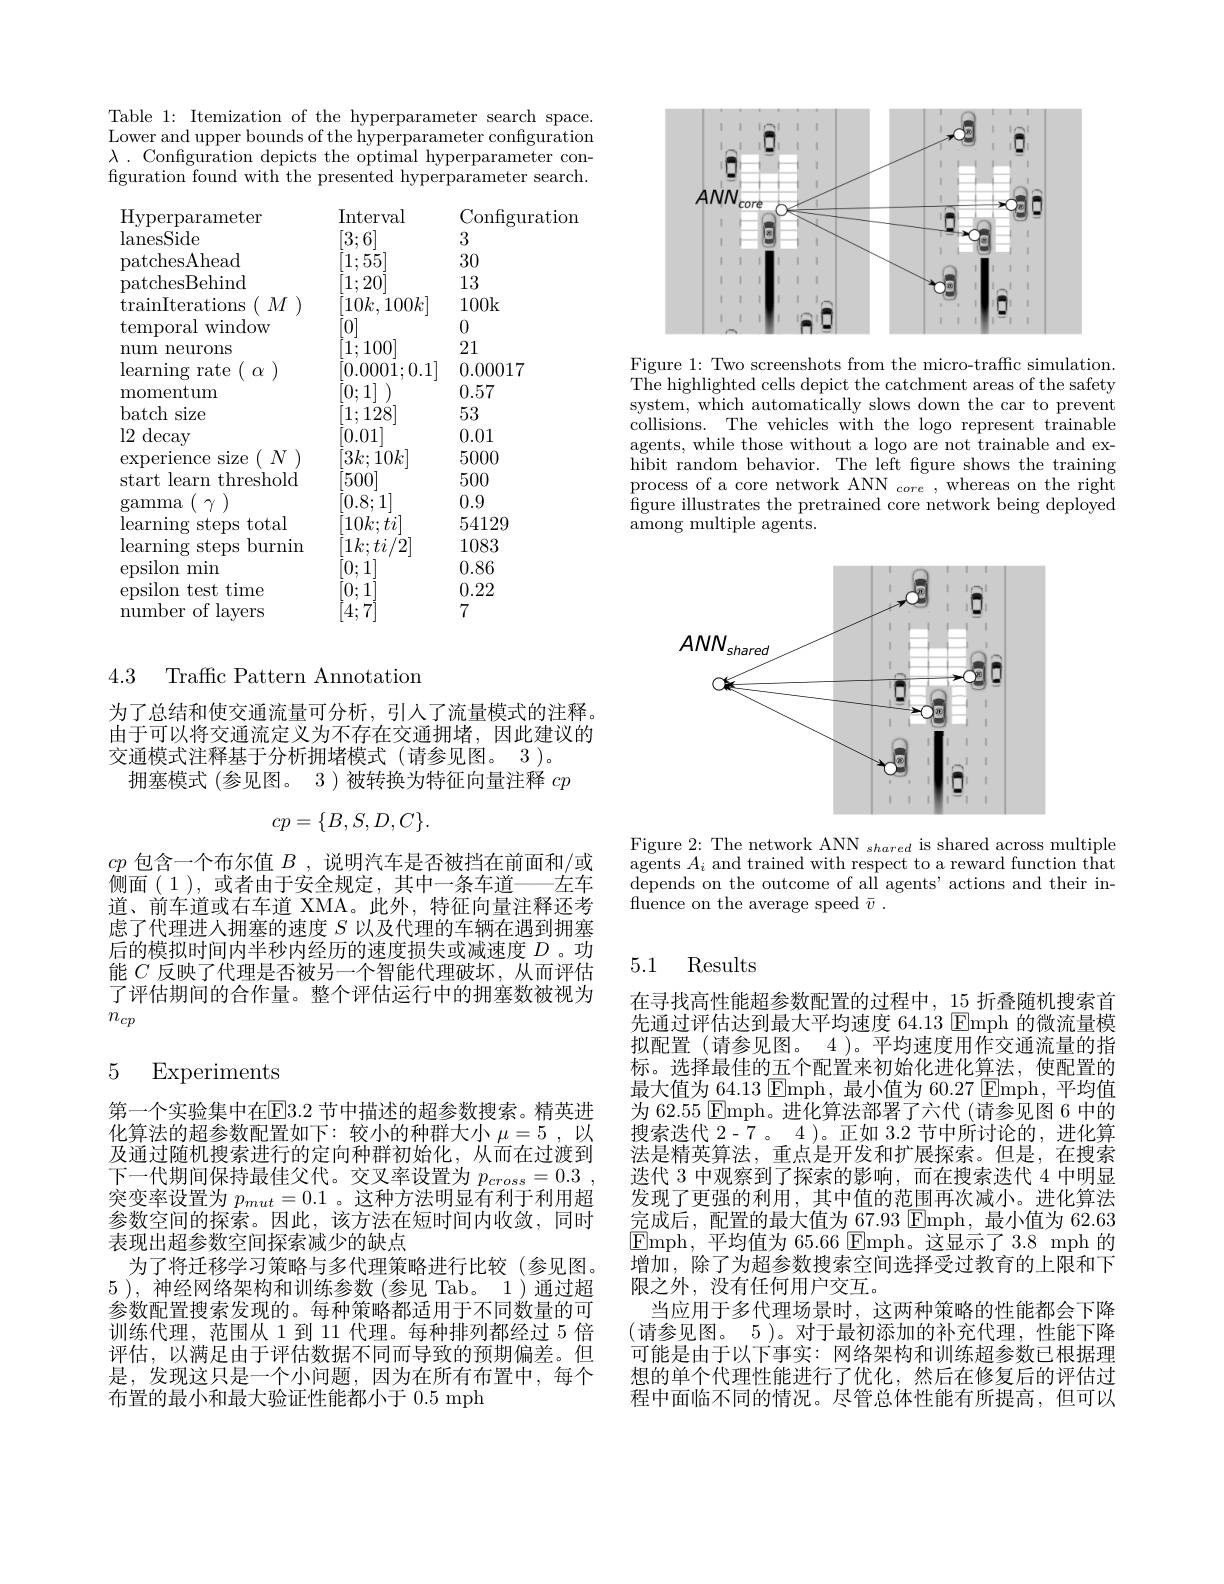
Table 1: Itemization of the hyperparameter search space. Lower and upper bounds of the hyperparameter configuration $\lambda$ . Configuration depicts the optimal hyperparameter confguration found with the presented hyperparameter search.

Hyperparameter
Interval
Configuration
3
lanesSide
[3;6]
30
patchesAhead
[1;55]
13
${\tilde{\text{patchesBehind}}}$
[1;20]
$[ 10k, 100k]$ 100k
$\mathop{\mathrm{trainIterations}}_{\mathrm{~}}(\begin{array}{c}{M}\end{array})$
0
temporal window
[0]
[1;100]
21
num neurons
$[ 0. 000\dot{1} ; 0. 1]$ 0.00017
learning rate $(\begin{array}{c}\alpha\end{array})$
0.57
momentum
[0;1] )
53
batch size
$[1;12\dot{8}]$
0.01
l2 decay
[0.01]
$[3k;10k]$
5000
experience size $(\begin{array}{c}N\end{array})$ start learn threshold
[500]
5000.9
[0.8;1]
$\begin{array}{l}{\mathrm{gamma~(~\gamma~)}}\\{\mathrm{learning~steps~total}}\end{array}$
54129
$[10k;ti]$
1083
learning steps burnin
$[1k;ti/2]$
0.86
epsilon min
0.22
epsilon test time
[0;1] [0;1] [4;7]
7
number of layers

4.3 Traffic Pattern Annotation

为了总结和使交通流量可分析，引人了流量模式的注释。由于可以将交通流定义为不存在交通拥堵，因此建议的交通模式注释基于分析拥堵模式(请参见图。3)。
拥塞模式 (参见图。3 ) 被转换为特征向量注释$cp$
$$cp=\{B,S,D,C\}.$$
$cp$包含一个布尔值$B$,说明汽车是否被挡在前面和/或侧面( 1 ), 或者由于安全规定，其中一条车道——左车道、前车道或右车道 XMA。此外，特征向量注释还考虑了代理进入拥塞的速度$S$以及代理的车辆在遇到拥塞后的模拟时间内半秒内经历的速度损失或减速度$D$ 。功能$C$反映了代理是否被另一个智能代理破坏，从而评估了评估期间的合作量。整个评估运行中的拥塞数被视为$n_{cp}$

## 5 Experiments

第一个实验集中在E3.2 节中描述的超参数搜索。精英进化算法的超参数配置如下：较小的种群大小 $\mu = 5$ , 以及通过随机搜索进行的定向种群初始化，从而在过渡到下一代期间保持最佳父代。交叉率设置为$p_{cross}=0.3$ 突变率设置为$p_{mut}=0.1$ 。这种方法明显有利于利用超参数空间的探索。因此，该方法在短时间内收敛，同时表现出超参数空间探索减少的缺点
为了将迁移学习策略与多代理策略进行比较(参见图。5 ), 神经网络架构和训练参数(参见 Tab。1)通过超参数配置搜索发现的。每种策略都适用于不同数量的可训练代理，范围从 1 到 11 代理。每种排列都经过 5 倍评估，以满足由于评估数据不同而导致的预期偏差。但是，发现这只是一个小问题，因为在所有布置中，每个布置的最小和最大验证性能都小于0.5 mph

<FigureHere>

Figure 1: Two screenshots from the micro-traffc simulation. The highlighted cells depict the catchment areas of the safety system, which automatically slows down the car to prevent collisions. The vehicles with the logo represent trainable agents, while those without a logo are not trainable and exhibit random behavior. The left fgure shows the training process of a core network ANN $_core$, whereas on the right figure illustrates the pretrained core network being deployed among multiple agents.

<FigureHere>

Figure 2: The network ANN $_shared$ is shared across multiple agents $A_i$ and trained with respect to a reward function that depends on the outcome of all agents' actions and their infuence on the average speed $\bar{v}$ .

### 5.1 Results

在寻找高性能超参数配置的过程中，15 折叠随机搜索首先通过评估达到最大平均速度 64.13 ☑Emph的微流量模拟配置(请参见图。4 )。平均速度用作交通流量的指标。选择最佳的五个配置来初始化进化算法，使配置的最大值为 64.13 $\operatorname{Emph}$,最小值为 60.27 $\operatorname{Emph}$,平均值为 62.55 Emph。进化算法部署了六代 (请参见图 6 中的搜索迭代 2-7 。4 )。正如 3.2 节中所讨论的，进化算法是精英算法，重点是开发和扩展探索。但是，在搜索迭代 3 中观察到了探索的影响，而在搜索迭代 4 中明显发现了更强的利用，其中值的范围再次减小。进化算法完成后，配置的最大值为 67.93 Emph, 最小值为 62.63 $\textcircled{\mathrm{Emph,}}$平均值为 65.66 $\textcircled{\mathrm{Emph。这显示了3.8}}\mod$的增加，除了为超参数搜索空间选择受过教育的上限和下限之外，没有任何用户交互。
当应用于多代理场景时，这两种策略的性能都会下降(请参见图。5 )。对于最初添加的补充代理，性能下降可能是由于以下事实：网络架构和训练超参数已根据理想的单个代理性能进行了优化，然后在修复后的评估过程中面临不同的情况。尽管总体性能有所提高，但可以